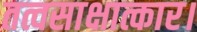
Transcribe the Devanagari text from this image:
तत्वसाक्षात्कार।